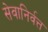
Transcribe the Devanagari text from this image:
सेवानिर्वत्त